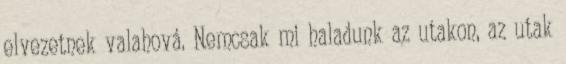
elvezetnek valahová. Nemcsak mi haladunk az utakon, az utak